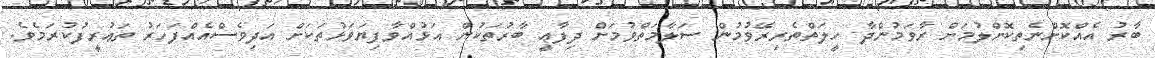
ބާރު އެއްކޮށްނެތިކޮށްލުމަށް ރާވަމުންދާ ހީލަތްތެރިރޭވުމުން ސަލާމަތްވުމަށް ދިފާޢީ ބާރުތަކުން އަޅުއްވާފިޔަވަޅުތަކަށް އަދިވެސްއެއްފަހަރު ތަޢުރީފުކުރަމެވެ.